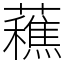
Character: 䕴